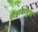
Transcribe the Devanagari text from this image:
सैंड्राकोट्टस